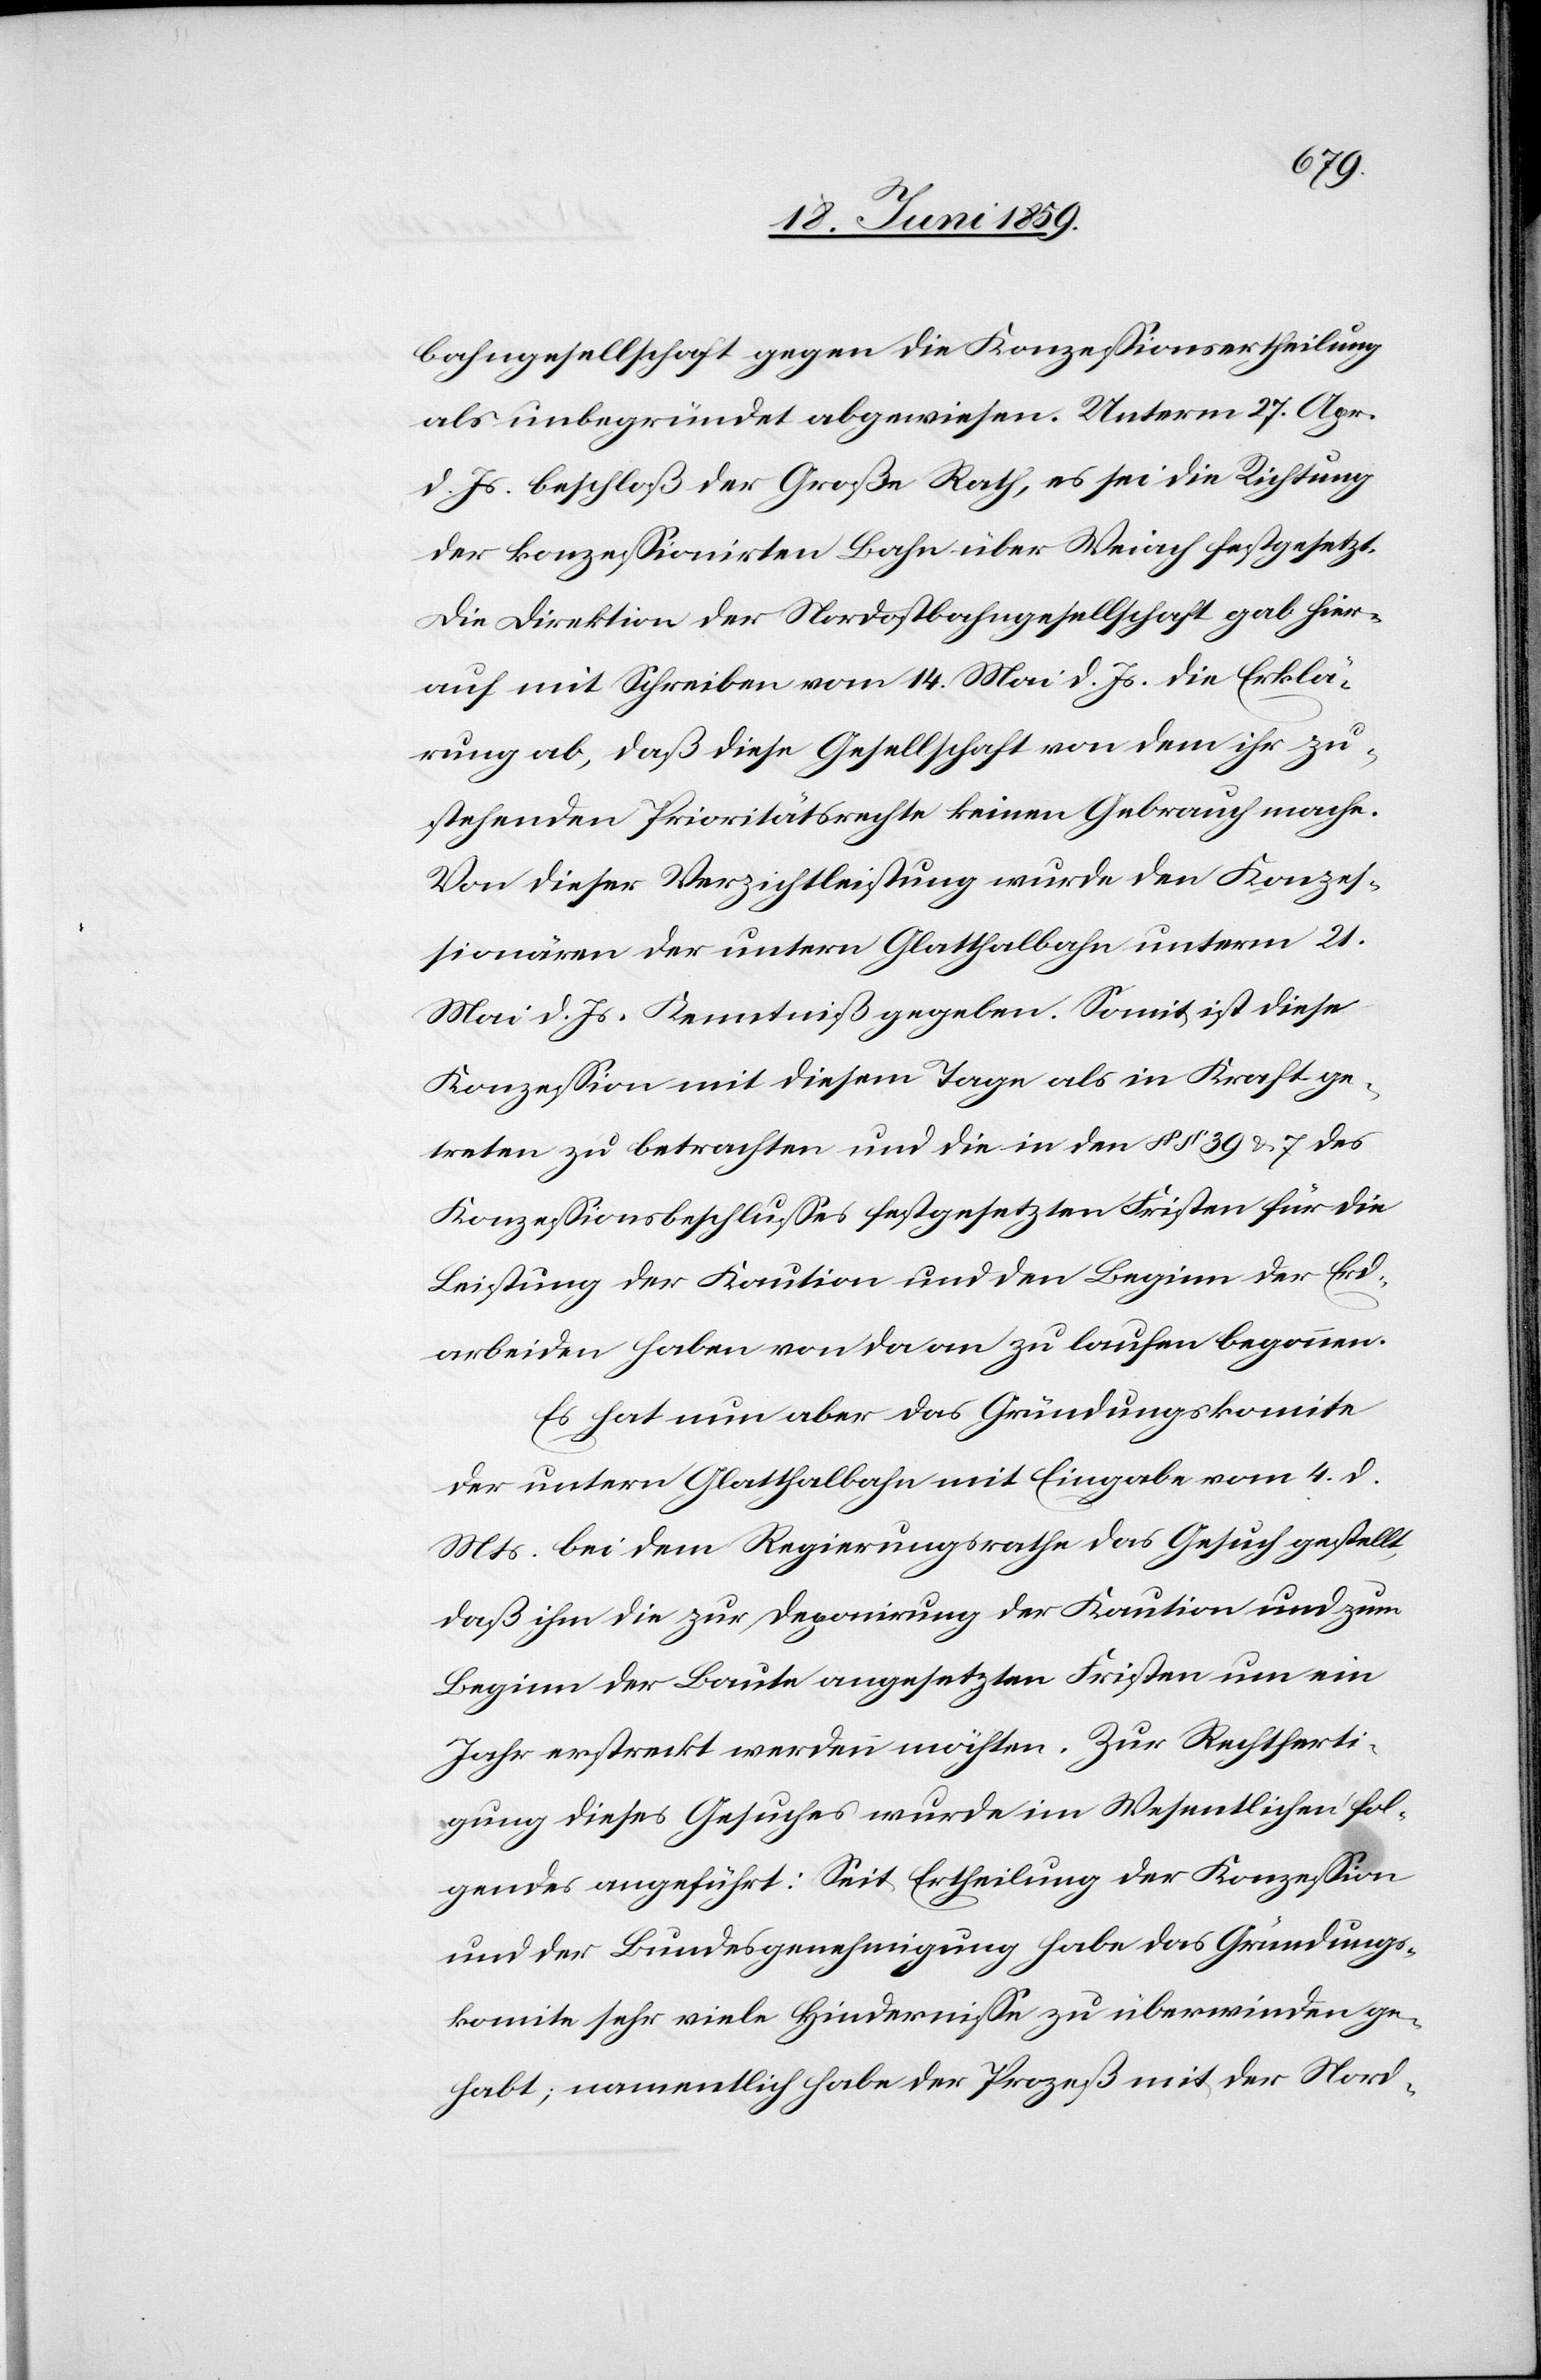
bahngesellschaft gegen die Konzessionsertheilung
als unbegründet abgewiesen. Unterm 27. Apr.
d. Js. beschloß der Große Rath, es sei die Richtung
der konzessionirten Bahn über Weiach festgesetzt.
Die Direktion der Nordostbahngesellschaft gab hier¬
auf mit Schreiben vom 14. Mai d. Js. die Erklä¬
rung ab, daß diese Gesellschaft von dem ihr zu¬
stehenden Prioritätsrechte keinen Gebrauch mache.
Von dieser Verzichtleistung wurde den Konzes¬
sionären der untern Glatthalbahn unterm 21.
Mai d. Js. Kenntniß gegeben. Somit ist diese
Konzession mit diesem Tage als in Kraft ge¬
treten zu betrachten und die in den §§ 39 & 7 des
Konzessionsbeschlusses festgesetzten Fristen für die
Leistung der Kaution und den Beginn der Erd¬
arbeiden [sic!] haben von da an zu laufen begonnen.
Es hat nun aber das Gründungskomite
der untern Glatthalbahn mit Eingabe vom 4. d.
Mts. bei dem Regierungsrathe das Gesuch gestellt,
daß ihm die zur Deponirung der Kaution und zum
Beginn der Baute angesetzten Fristen um ein
Jahr erstreckt werden möchten. Zur Rechtferti¬
gung dieses Gesuches wurde im Wesentlichen fol¬
gendes angeführt: Seit Ertheilung der Konzession
und der Bundesgenehmigung habe das Gründungs¬
komite sehr viele Hindernisse zu überwinden ge¬
habt; namentlich habe der Prozeß mit der Nord-